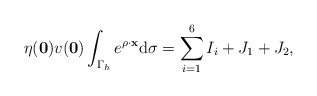
\begin{align*}\eta(\mathbf 0)v(\mathbf 0)\int_{\Gamma_h}e^{\rho \cdot \mathbf x}\mathrm d \sigma=\sum_{i=1}^6 I_i+J_1+J_2,\end{align*}